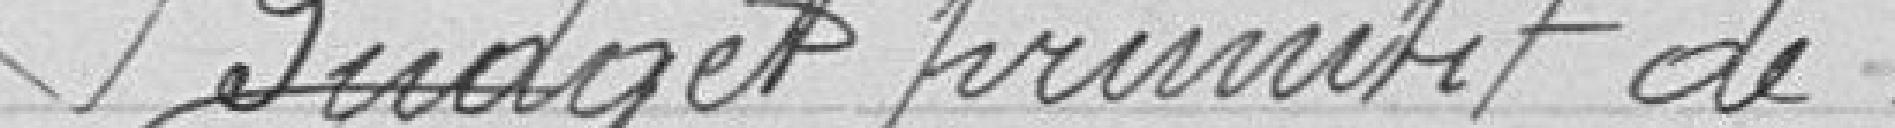
Budget primitif de